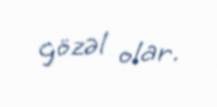
gözəl olar.